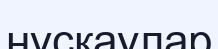
нүсқаулар